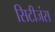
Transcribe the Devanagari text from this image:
सिटीजंस